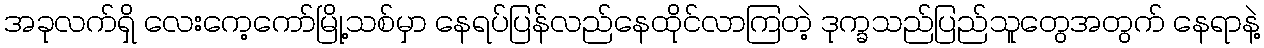
အခုလက်ရှိ လေးကေ့ကော်မြို့သစ်မှာ နေရပ်ပြန်လည်နေထိုင်လာကြတဲ့ ဒုက္ခသည်ပြည်သူတွေအတွက် နေရာနဲ့